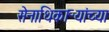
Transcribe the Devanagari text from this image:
सेनाधिकाऱ्यांच्या